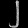
Digit: ၂